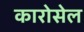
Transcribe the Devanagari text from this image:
कारोसेल